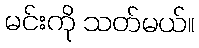
မင်းကို သတ်မယ်။